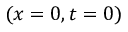
( x = 0 , t = 0 )